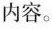
内容。